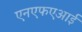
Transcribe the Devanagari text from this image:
एनएफएआई